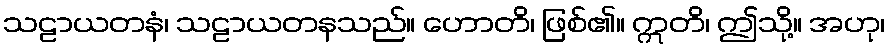
သဠာယတနံ၊ သဠာယတနသည်။ ဟောတိ၊ ဖြစ်၏။ ဣတိ၊ ဤသို့။ အဟု၊